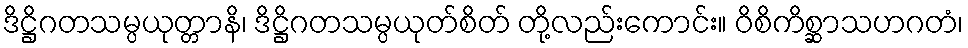
ဒိဋ္ဌိဂတသမ္ပယုတ္တာနိ၊ ဒိဋ္ဌိဂတသမ္ပယုတ်စိတ် တို့လည်းကောင်း။ ဝိစိကိစ္ဆာသဟဂတံ၊